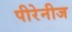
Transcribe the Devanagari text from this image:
पीरेनीज